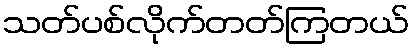
သတ်ပစ်လိုက်တတ်ကြတယ်